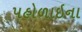
પહોળાઇના